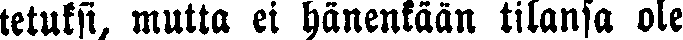
tetuksi, mutta ei hänenkään tilansa ole